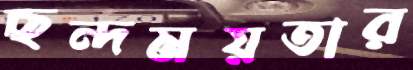
ছন্দময়তার